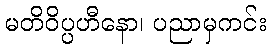
မတိဝိပ္ပဟီနော၊ ပညာမှကင်း